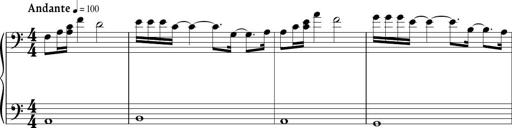
Title: Sonatina in C major
Composer: Or Vaitzman
Key: C major